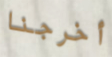
أخرجنا